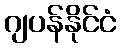
ဂျပန်နိုင်ငံ